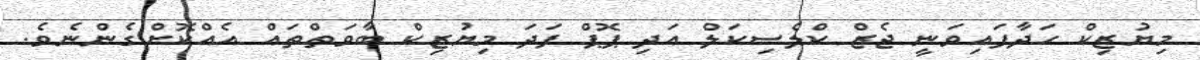
މިޔުޒިކް ހަދާފައިވަނީ ޖެޒް ކްލެސިކަލް އަދި ޕޮޕް ފަދަ މިޔުޒިކް ބާވަތްތައް އެއްކޮށްގެންނެވެ.